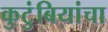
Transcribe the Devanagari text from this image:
कुटुंबियांचा